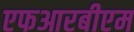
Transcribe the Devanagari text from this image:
एफआरबीएम